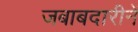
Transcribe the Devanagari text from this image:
जबाबदारीनें